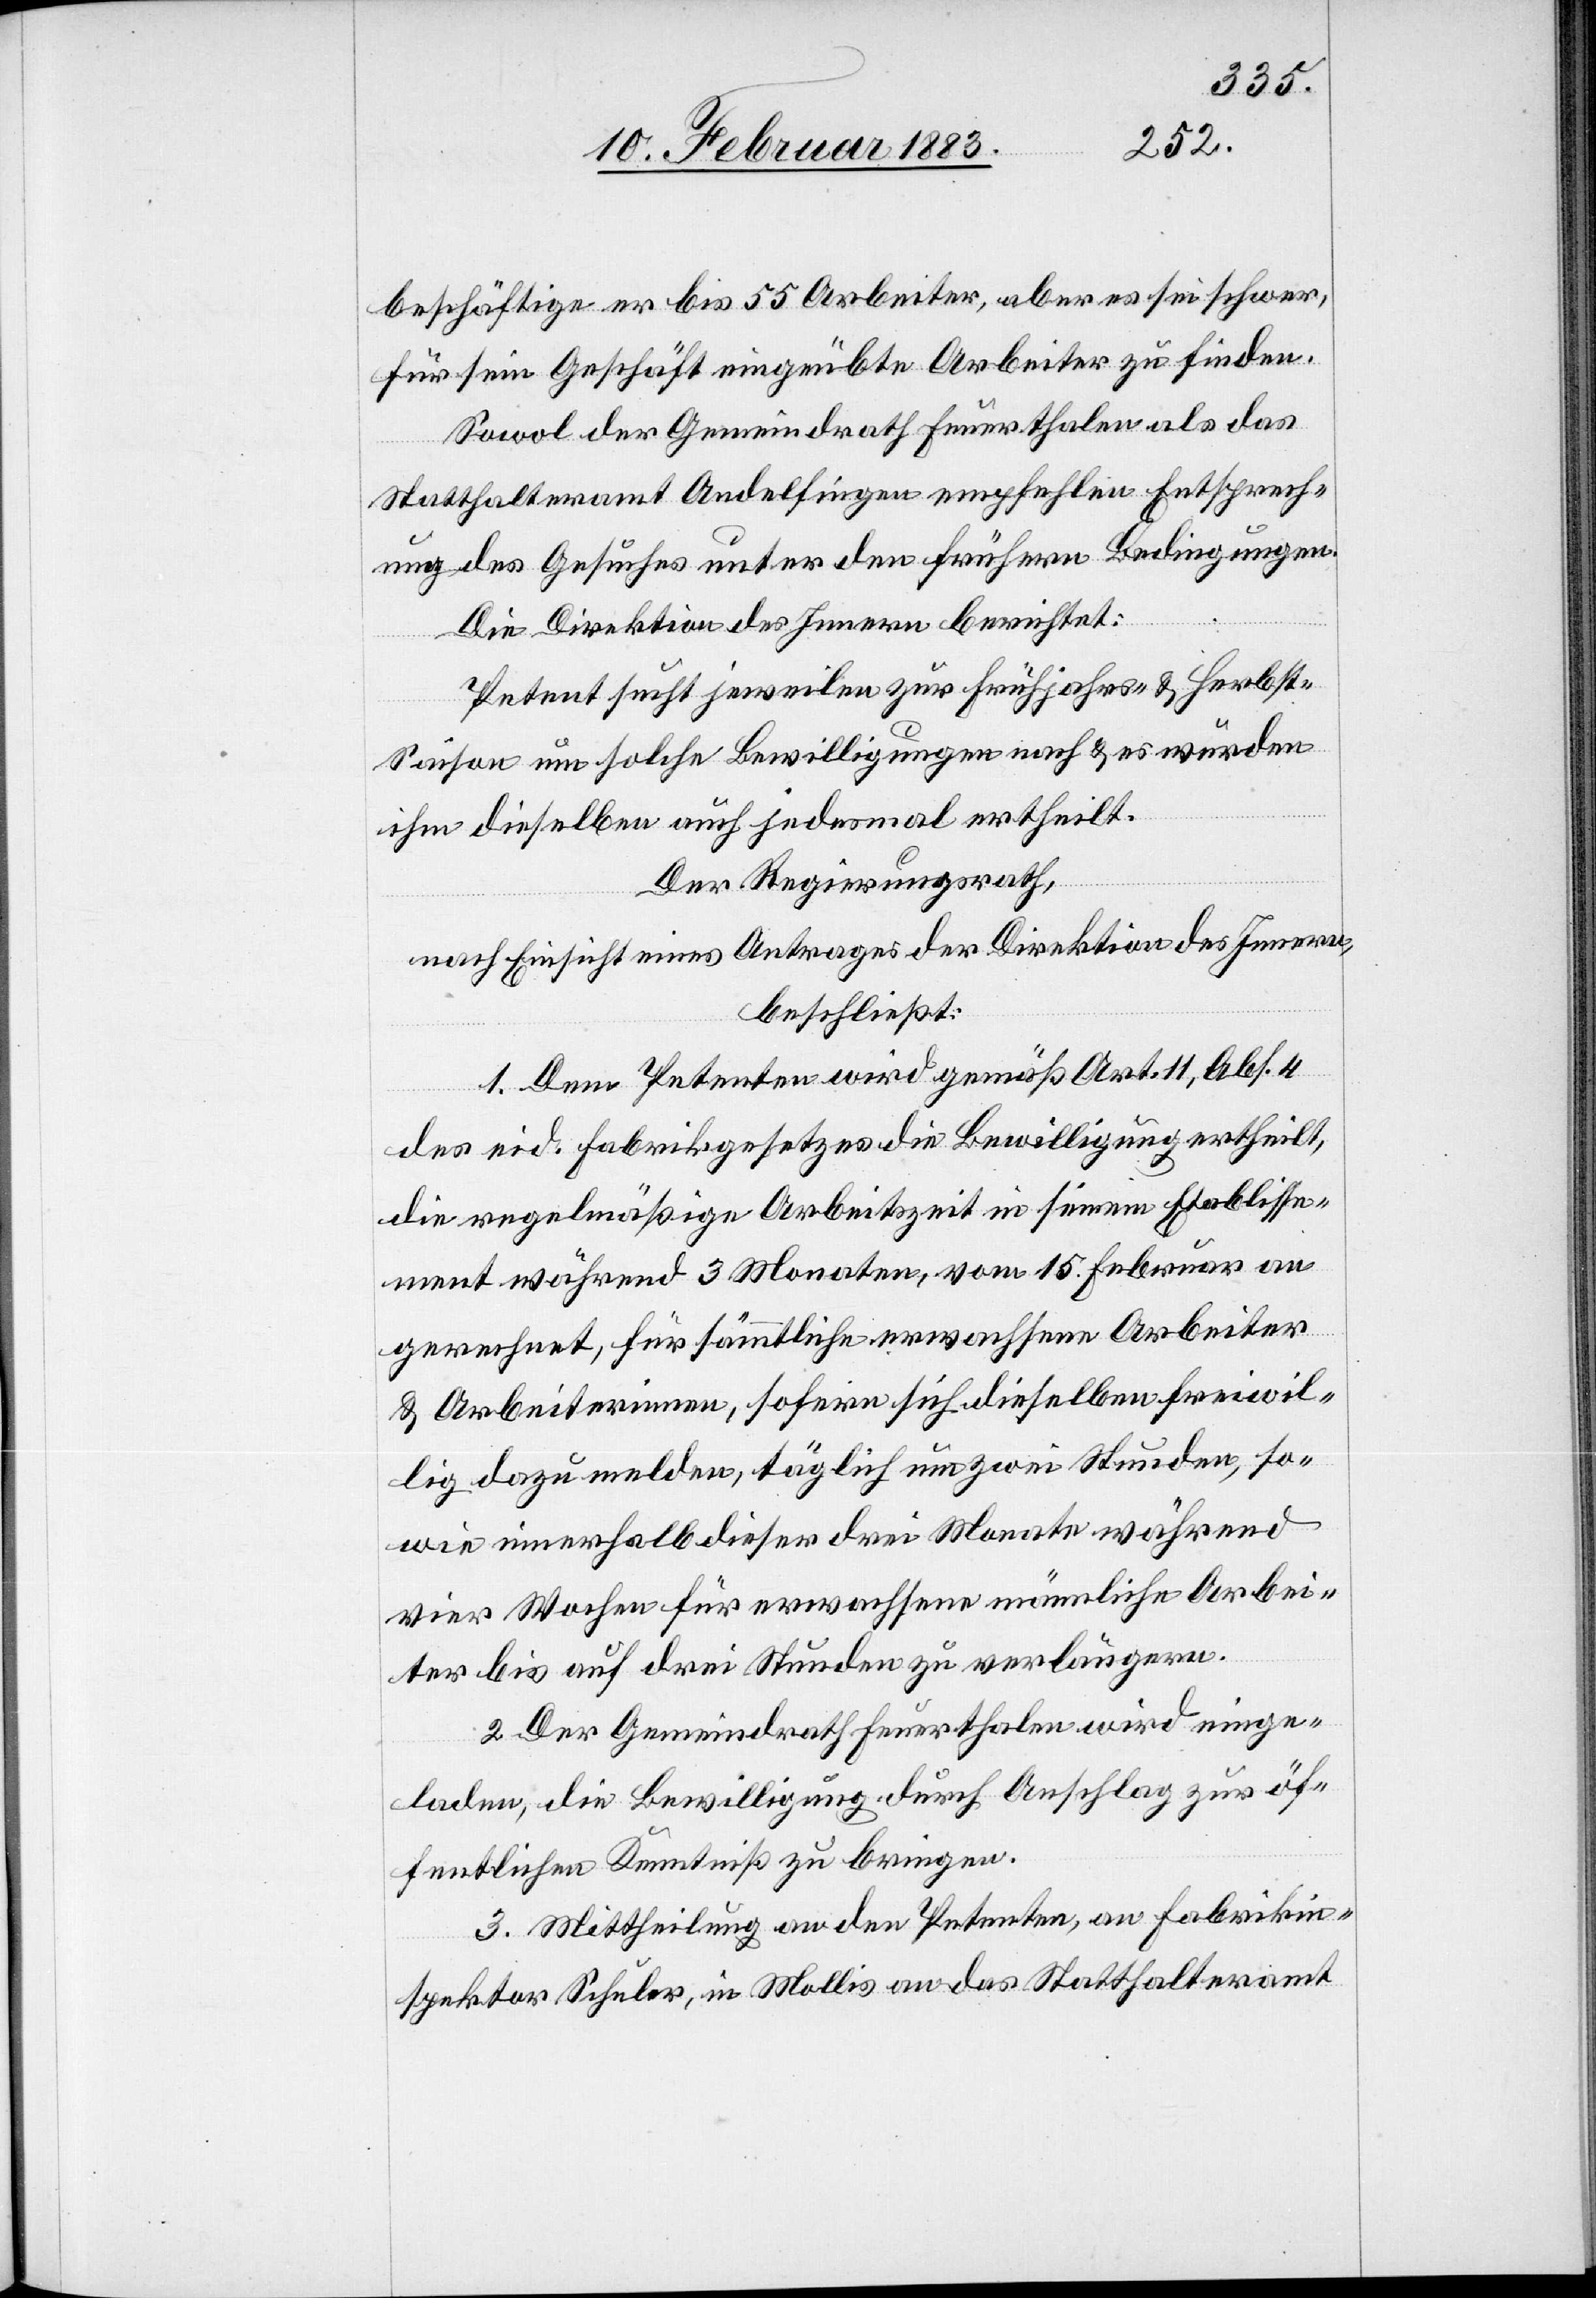
beschäftige er bis 55 Arbeiter, aber es sei schwer
für sein Geschäft eingeübte Arbeiter zu finden.
Sowol der Gemeindrath Feuerthalen als das
Statthalteramt Andelfingen empfehlen Entsprech¬
ung des Gesuches unter den frühern Bedingungen.
Die Direktion des Innern berichtet:
Petent sucht jeweilen zur Frühjahrs- & Herbst-S¬
aison um solche Bewilligungen nach & es würden
ihm dieselben auch jedesmal ertheilt.
Der Regierungsrath,
nach Einsicht eines Antrages der Direktion des Innern,
beschließt:
1. Dem Petenten wird gemäß Art. 11, Abs. 4
des eid. Fabrikgesetzes die Bewilligung ertheilt,
die regelmäßige Arbeitszeit in seinem Etablisse¬
ment während 3 Monaten, vom 15. Februar an
gerechnet, für sämmtliche erwachsene Arbeiter
& Arbeiterinnen, sofern sich dieselben freiwil¬
lig dazu melden, täglich um zwei Stunden, so¬
wie innerhalb dieser drei Monate während
vier Wochen für erwachsene männliche Arbei¬
ter bis auf drei Stunden zu verlängern.
2. Der Gemeindrath Feuerthalen wird einge¬
laden, die Bewilligung durch Anschlag zur öf¬
fentlichen Kenntniß zu bringen.
3. Mittheilung an den Petenten, an Fabrikin¬
spektor Schuler, in Mollis an das Statthalteramt